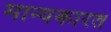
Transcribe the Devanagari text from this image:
मान्यकारत